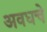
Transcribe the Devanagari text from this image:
अवधचे